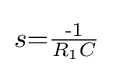
s{=}{\tfrac {{\text{-}}1}{R_{1}C}}